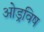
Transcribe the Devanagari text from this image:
ओड्रविष